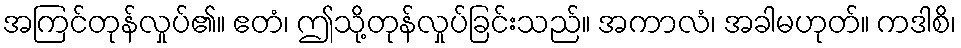
အကြင်တုန်လှုပ်၏။ ဧတံ၊ ဤသို့တုန်လှုပ်ခြင်းသည်။ အကာလံ၊ အခါမဟုတ်။ ကဒါစိ၊